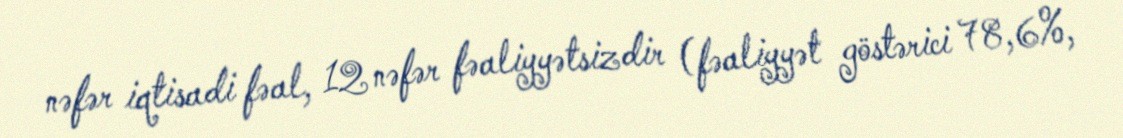
nəfər iqtisadi fəal, 12 nəfər fəaliyyətsizdir (fəaliyyət göstərici 78,6%,